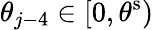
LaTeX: \theta_{j-4}\in[0,\theta^{\mathrm{s}})